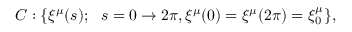
C : \{ \xi ^ { \mu } ( s ) ; \ \ s = 0 \rightarrow 2 \pi , \xi ^ { \mu } ( 0 ) = \xi ^ { \mu } ( 2 \pi ) = \xi _ { 0 } ^ { \mu } \} ,